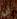
أن